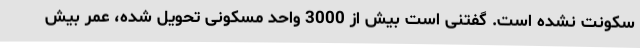
سکونت نشده است. گفتنی است بیش از 3000 واحد مسکونی تحویل شده، عمر بیش